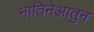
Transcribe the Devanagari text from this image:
नातिनेआतुन